Malaria in the Andamans - Number 56
Disease focus: Malaria
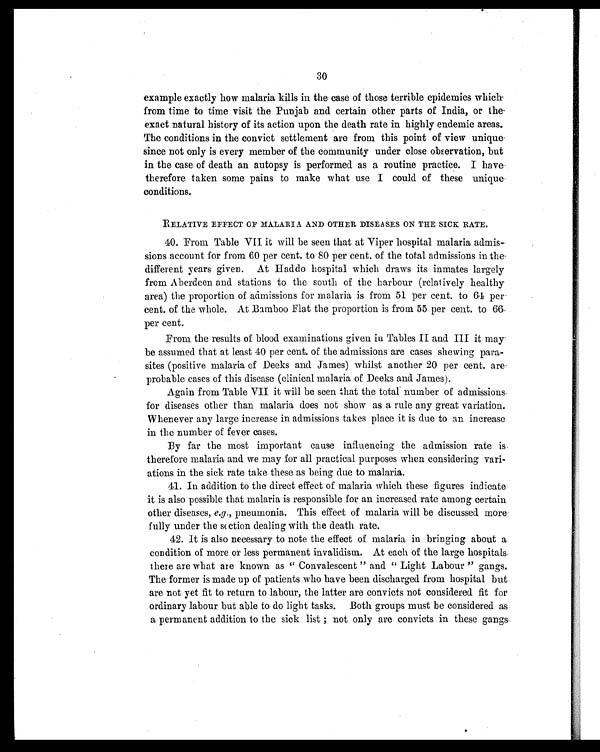
30
example exactly how malaria kills in the case of those terrible epidemics which
from time to time visit the Punjab and certain other parts of India, or the
exact natural history of its action upon the death rate in highly endemic areas.
The conditions in the convict settlement are from this point of view unique
since not only is every member of the community under close observation, but
in the case of death an autopsy is performed as a routine practice. I have
therefore taken some pains to make what use I could of these unique
conditions.
RELATIVE EFFECT OF MALARIA AND OTHER DISEASES ON THE SICK RATE.
40. From Table VII it will be seen that at Viper hospital malaria admis
-sions account for from 60 per cent. to 80 per cent. of the total admissions in the
different years given. At Haddo hospital which draws its inmates largely
from Aberdeen and stations to the south of the harbour (relatively healthy
area) the proportion of admissions for malaria is from 51 per cent. to 64 per
cent. of the whole. At Bamboo Flat the proportion is from 55 per cent. to 66
per cent.
From the results of blood examinations given in Tables II and III it may
be assumed that at least 40 per cent. of the admissions are cases showing para-
sites (positive malaria of Deeks and James) whilst another 20 per cent. are
probable cases of this disease (clinical malaria of Deeks and James).
Again from Table VII it will be seen that the total number of admissions
for diseases other than malaria does not show as a rule any great variation.
Whenever any large increase in admissions takes place it is due to an increase
in the number of fever cases.
By far the most important cause influencing the admission rate is
therefore malaria and we may for all practical purposes when considering vari-
ations in the sick rate take these as being due to malaria.
41. In addition to the direct effect of malaria which these figures indicate
it is also possible that malaria is responsible for an increased rate among certain
other diseases, e.g., pneumonia. This effect of malaria will be discussed more
fully under the action dealing with the death rate.
42. It is also necessary to note the effect of malaria in bringing about a
condition of more or less permanent invalidism. At each of the large hospitals
there are what are known as " Convalescent " and " Light Labour " gangs.
The former is made up of patients who have been discharged from hospital but
are not yet fit to return to labour, the latter are convicts not considered fit for
ordinary labour but able to do light tasks. Both groups must be considered as
a permanent addition to the sick list; not only are convicts in these gangs